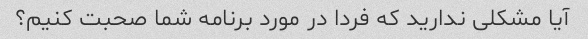
آیا مشکلی ندارید که فردا در مورد برنامه شما صحبت کنیم؟